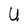
Character: U